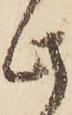
此